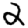
Digit: 2